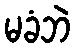
မခံဘဲ